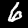
Label: 6